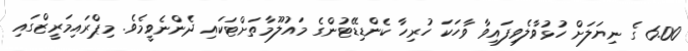
6.00 ގެ ނިޔަލަށް ހުޅުވާލެވިފައިވާ ވާހަކަ ހުރިހާ ކެންޑިޑޭޓުންގެ މައުލޫމާތަށްޓަކައި ދެންނެވީމެވެ. މިޕްރައިމަރީޒްގައި